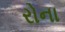
રોના